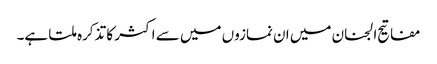
مفاتیح الجنان میں ان نمازوں میں سے اکثر کا تذکرہ ملتا ہے۔